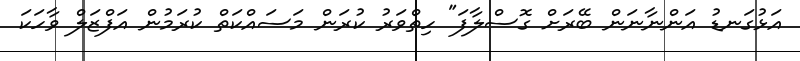
އަޅުގަނޑު އަންނާނަން ބޭރަށް ގޮސްލާފަ" ހިތްވަރު ކުރަން މަސައްކަތް ކުރަމުން އަފްޒަލް ވާހަކަ